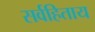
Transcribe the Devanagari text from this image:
सर्वहिताय